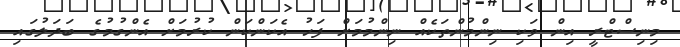
މިނިސްޓްރީ އިން ވަކި ނިންމުންތަކެއް ނިންމުމަށް ފަހު އެކަންކަން ކުރުމަށް އެންގުމުގެ ބަދަލުގައި